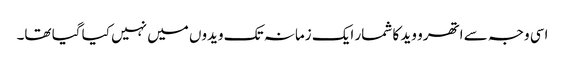
اسی وجہ سے اتھرو وید کا شمار ایک زمانہ تک ویدوں میں نہیں کیا گیا تھا۔